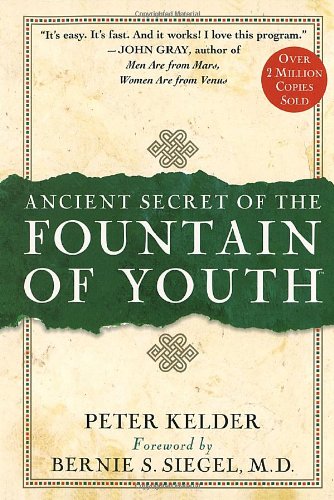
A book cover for Ancient Secret of the Fountain of Youth; Peter Kelder; Health, Fitness & Dieting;